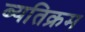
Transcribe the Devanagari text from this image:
ब्यतिक्रम